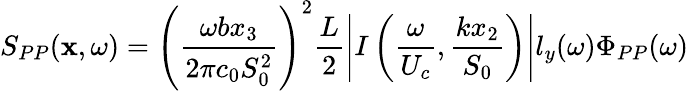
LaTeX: S_{PP}(\mathbf{x},\omega)=\left(\frac{\omega bx_{3}}{2\pi c_{0}S_{0}^{2}}\right)^{2}\frac{L}{2}\left\vert I\left(\frac{\omega}{U_{c}},\frac{kx_{2}}{S_{0}}\right)\right\vert l_{y}(\omega)\Phi_{PP}(\omega)